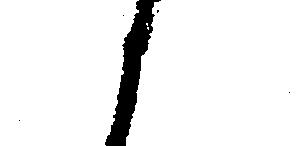
と